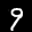
Label: 9